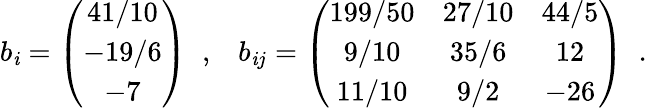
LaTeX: b_{\mathit{i}}=\left(\begin{array}{c}{{41/10}}\\ {{-19/6}}\\ {{-7}}\end{array}\right)\; \; ,\; \; \; b_{\mathit{i}j}=\left(\begin{array}{ccc}{{199/50}}&{{27/10}}&{{44/5}}\\ {{9/10}}&{{35/6}}&{{12}}\\ {{11/10}}&{{9/2}}&{{-26}}\end{array}\right)\; \; .